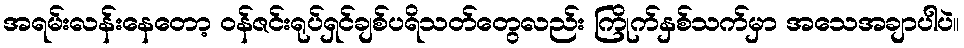
အရမ်းလန်းနေတော့ ဝန်ဇင်းရုပ်ရှင်ချစ်ပရိသတ်တွေလည်း ကြိုက်နှစ်သက်မှာ အသေအချာပါပဲ။